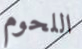
اللحوم